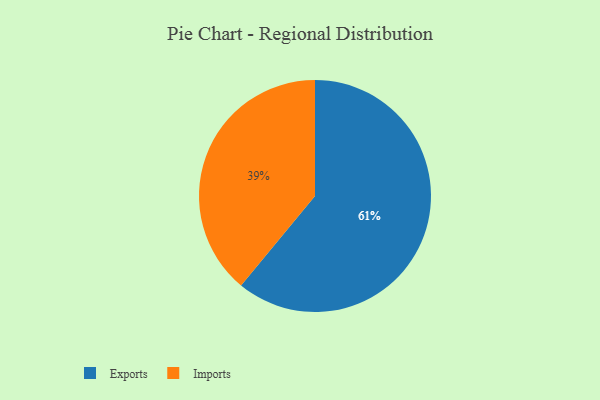
{"axis": {"x": "Category", "y": "Percentage"}, "legend": ["Exports", "Imports"], "data": [{"x": "Exports", "y": 61, "type": "Exports"}, {"x": "Imports", "y": 39, "type": "Imports"}]}